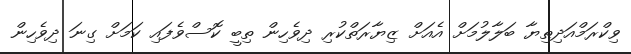
ވިކްރަމްއަދިތިޔާ ބަލާލުމަށް އެއަށް ޒިޔާރަތްކުރި ދިވެހިން ތިބީ ކޮސްވެފައި ކަމަށް ގިނަ ދިވެހިން